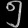
Digit: ၅